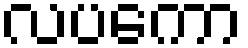
လပကော